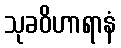
သုခဝိဟာရာနံ